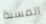
المسنة